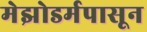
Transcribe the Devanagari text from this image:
मेझोडर्मपासून